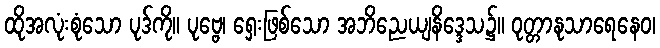
ထိုအလုံးစုံသော ပုဒ်ကို။ ပုဗ္ဗေ၊ ရှေးဖြစ်သော အဘိညေယျနိဒ္ဒေသ၌။ ဝုတ္တာနုသာရေနေဝ၊